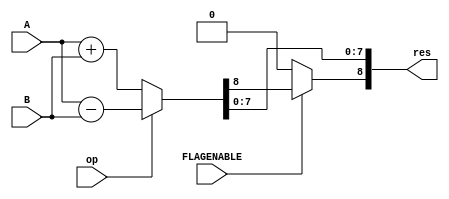
//---------------------------------------------//
`timescale 1ms/100us
module ALU(input op, input [7:0] A, input [7:0] B,input FLAGENABLE ,output [8:0] res);//op->1->submit op->0->plus
	wire flag;
	parameter delaytime = 5;
	wire [8:0] outdata;
	assign #delaytime outdata[8:0] = op ? (A[7:0] - B[7:0]) : (A[7:0] + B[7:0]);
	assign #delaytime res[7:0]=outdata[7:0];
	assign #delaytime res[8]=FLAGENABLE? outdata[8]: 1'b0;
endmodule